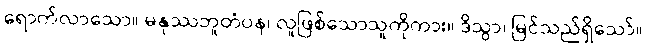
ရောက်လာသော။ မနုဿဘူတံပန၊ လူဖြစ်သောသူကိုကား။ ဒိသွာ၊ မြင်သည်ရှိသော်။